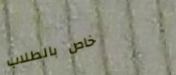
خاص بالطلاب